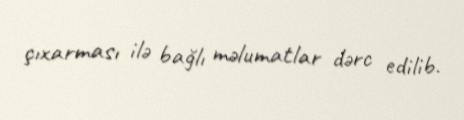
çıxarması ilə bağlı məlumatlar dərc edilib.